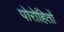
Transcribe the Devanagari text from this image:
पोरोहितों